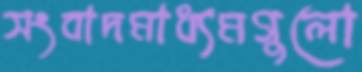
সংবাদমাধ্যমগুলো